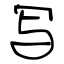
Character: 写